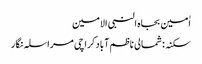
اٰمین بجاہ النبی الامین
سکنہ: شمالی ناظم آباد کراچی مراسلہ نگار